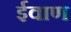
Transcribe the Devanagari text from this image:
ईवाण